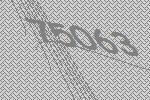
75063